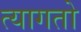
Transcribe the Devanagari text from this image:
त्यागतो